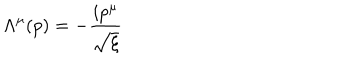
LaTeX: \Lambda ^ { \mu } ( p ) = - { \frac { i p ^ { \mu } } { \sqrt { \xi } } }